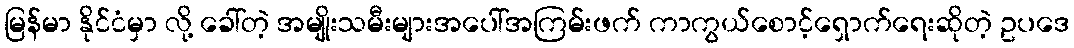
မြန်မာ နိုင်ငံမှာ လို့ ခေါ်တဲ့ အမျိုးသမီးများအပေါ်အကြမ်းဖက် ကာကွယ်စောင့်ရှောက်ရေးဆိုတဲ့ ဥပဒေ